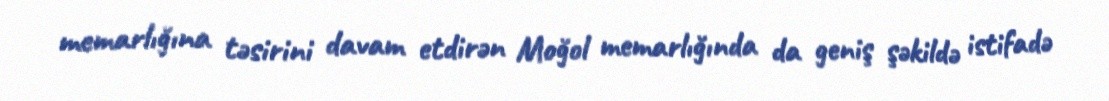
memarlığına təsirini davam etdirən Moğol memarlığında da geniş şəkildə istifadə